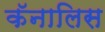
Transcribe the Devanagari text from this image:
कॅनालिस